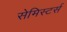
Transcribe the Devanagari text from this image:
सेमिस्टर्स